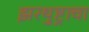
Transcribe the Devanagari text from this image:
झरथुष्ट्राचा